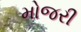
મોજરી